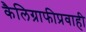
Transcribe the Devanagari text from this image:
कैलिग्राफीप्रवाही